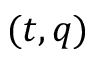
( t , q )